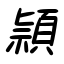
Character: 頴